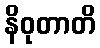
နိဝုတာတိ